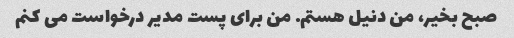
صبح بخیر، من دنیل هستم. من برای پست مدیر درخواست می کنم